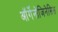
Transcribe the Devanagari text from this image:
ऑर्गेनोजिनेसिस